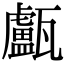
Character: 𤮧